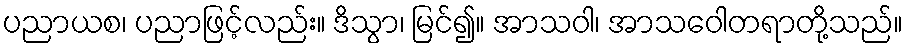
ပညာယစ၊ ပညာဖြင့်လည်း။ ဒိသွာ၊ မြင်၍။ အာသဝါ၊ အာသဝေါတရာတို့သည်။